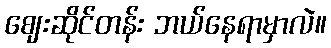
ဈေးဆိုင်တန်း ဘယ်နေရာမှာလဲ။